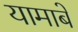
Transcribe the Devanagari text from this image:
यामाबे